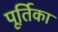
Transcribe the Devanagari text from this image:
पूर्तिका